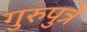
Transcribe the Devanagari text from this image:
गुरुपुत्रे